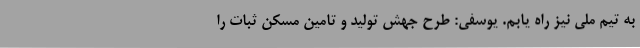
به تیم ملی نیز راه یابم. یوسفی: طرح جهش تولید و تامین مسکن ثبات را